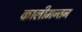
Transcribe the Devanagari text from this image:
कालीमन्तन